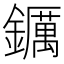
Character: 𨯅